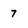
Character: 7